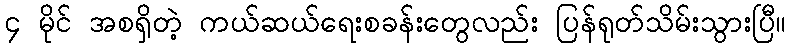
၄ မိုင် အစရှိတဲ့ ကယ်ဆယ်ရေးစခန်းတွေလည်း ပြန်ရုတ်သိမ်းသွားပြီ။